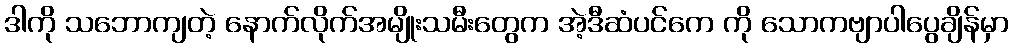
ဒါကို သဘောကျတဲ့ နောက်လိုက်အမျိုးသမီးတွေက အဲ့ဒီဆံပင်ကေ ကို သောကဗျာပါပွေချိန်မှာ